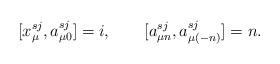
LaTeX: \begin{align*}[x_\mu^{s j},a_{\mu 0}^{sj}]=i,\qquad[a_{\mu n}^{sj},a_{\mu(-n)}^{sj}]=n.\end{align*}